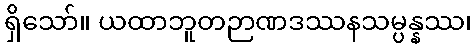
ရှိသော်။ ယထာဘူတဉာဏဒဿနသမ္ပန္နဿ၊